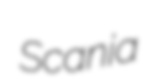
Scania